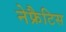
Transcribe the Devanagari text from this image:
नेफ्रैटिस